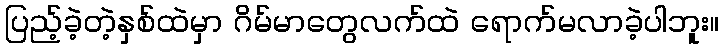
ပြည့်ခဲ့တဲ့နှစ်ထဲမှာ ဂိမ်မာတွေလက်ထဲ ရောက်မလာခဲ့ပါဘူး။